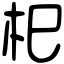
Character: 𣏌